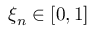
\xi _ { n } \in [ 0 , 1 ]